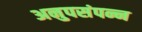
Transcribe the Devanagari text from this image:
अनुपसंपन्न